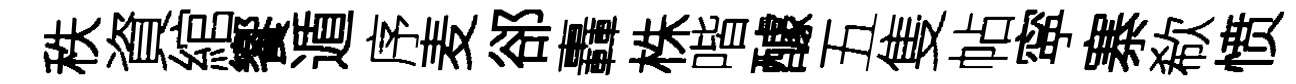
秩資綰饗遁序麦郤轟株喈醵五隻帖寜寨欷愤